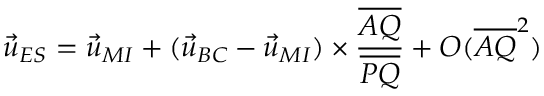
\vec { u } _ { E S } = \vec { u } _ { M I } + ( \vec { u } _ { B C } - \vec { u } _ { M I } ) \times \frac { \overline { { A Q } } } { \overline { { P Q } } } + O ( \overline { { A Q } } ^ { 2 } )